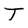
Character: T